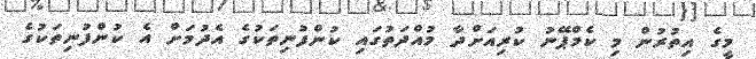
މީގެ އިތުރުން މި ކެމްޕޭނު ކުރިއަށްދާ މުއްދަތުގައި ކުންފުނިތަކުގެ އެދުމަށް އެ ކުންފުނިތަކުގެ